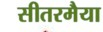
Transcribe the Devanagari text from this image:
सीतरमैया